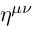
\eta ^ { \mu \nu }